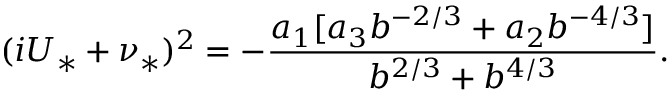
( i U _ { * } + \nu _ { * } ) ^ { 2 } = - \frac { a _ { 1 } [ a _ { 3 } b ^ { - 2 / 3 } + a _ { 2 } b ^ { - 4 / 3 } ] } { b ^ { 2 / 3 } + b ^ { 4 / 3 } } .